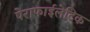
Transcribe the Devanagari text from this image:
पेराफाईलेटिक